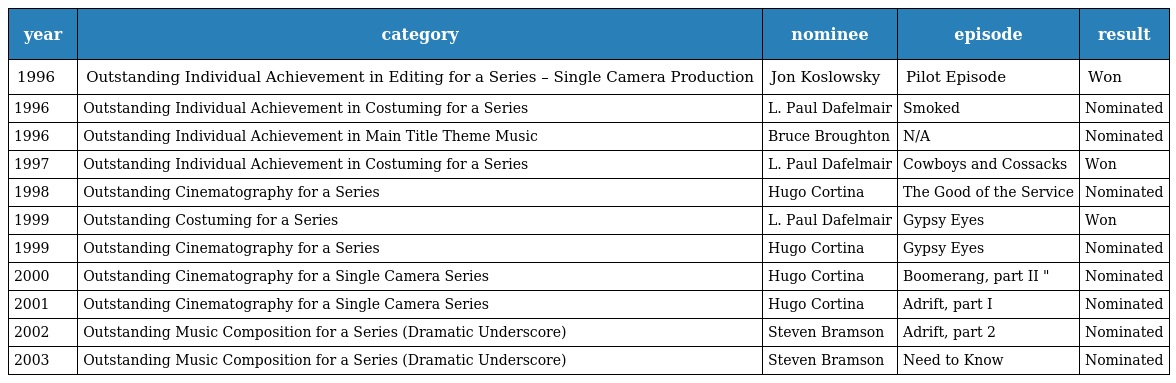
| year | category | nominee | episode | result |
 | --- | --- | --- | --- | --- |
 | 1996 | Outstanding Individual Achievement in Editing for a Series – Single Camera Production | Jon Koslowsky | Pilot Episode | Won |
 | 1996 | Outstanding Individual Achievement in Costuming for a Series | L. Paul Dafelmair | Smoked | Nominated |
 | 1996 | Outstanding Individual Achievement in Main Title Theme Music | Bruce Broughton | N/A | Nominated |
 | 1997 | Outstanding Individual Achievement in Costuming for a Series | L. Paul Dafelmair | Cowboys and Cossacks | Won |
 | 1998 | Outstanding Cinematography for a Series | Hugo Cortina | The Good of the Service | Nominated |
 | 1999 | Outstanding Costuming for a Series | L. Paul Dafelmair | Gypsy Eyes | Won |
 | 1999 | Outstanding Cinematography for a Series | Hugo Cortina | Gypsy Eyes | Nominated |
 | 2000 | Outstanding Cinematography for a Single Camera Series | Hugo Cortina | Boomerang, part II " | Nominated |
 | 2001 | Outstanding Cinematography for a Single Camera Series | Hugo Cortina | Adrift, part I | Nominated |
 | 2002 | Outstanding Music Composition for a Series (Dramatic Underscore) | Steven Bramson | Adrift, part 2 | Nominated |
 | 2003 | Outstanding Music Composition for a Series (Dramatic Underscore) | Steven Bramson | Need to Know | Nominated |